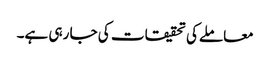
معاملےکی تحقیقات کی جا رہی ہے۔